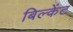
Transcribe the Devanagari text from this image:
बिल्केंट